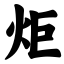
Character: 炬